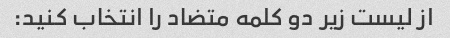
از لیست زیر دو کلمه متضاد را انتخاب کنید: